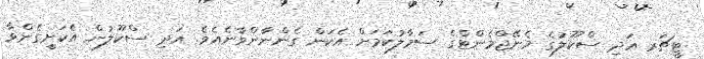
ޓީޗަރ އަދި ސްކޫލުގެ މެނޭޖްމެންޓްގެ ސަމާލުކަމަށް އެކަން ގެންނާންވާނެއެވެ. އަދި ސްކޫލުން އެކަށީގެންވާ